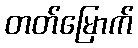
တတ်မြောက်